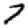
Digit: 7